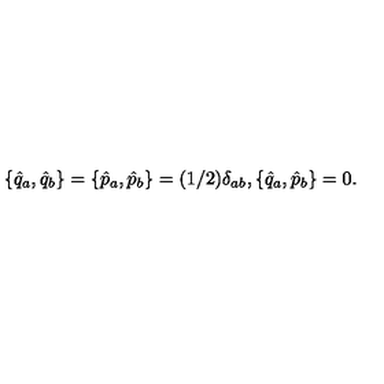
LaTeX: \{ \hat { q } _ { a } , \hat { q } _ { b } \} = \{ \hat { p } _ { a } , \hat { p } _ { b } \} = ( 1 / 2 ) \delta _ { a b } , \{ \hat { q } _ { a } , \hat { p } _ { b } \} = 0 .